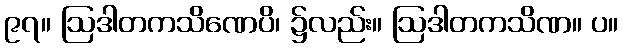
၉၇။ ဩဒါတကသိဏေပိ၊ ၌လည်း။ ဩဒါတကသိဏ။ ပ။